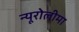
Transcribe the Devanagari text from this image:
न्यूरोलीमा